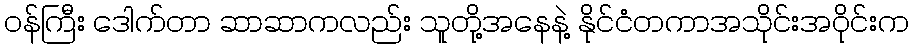
ဝန်ကြီး ဒေါက်တာ ဆာဆာကလည်း သူတို့အနေနဲ့ နိုင်ငံတကာအသိုင်းအဝိုင်းက